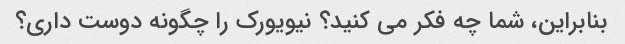
بنابراین، شما چه فکر می کنید؟ نیویورک را چگونه دوست داری؟